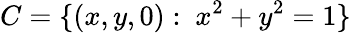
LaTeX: C=\{ (x,y,0):\ x^{2}+y^{2}=1\}